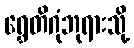
ရွှေတိဂုံဘုရားသို့